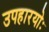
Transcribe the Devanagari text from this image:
उपहारयोः